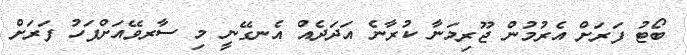
ބޯޓު ފަރަށް އެރުމުން ޖޫރިމަނާ ކުރާނެ އަދަދެއް އެނގޭނީ މި ސާރވޭއަށްފަހު ފަރަށް